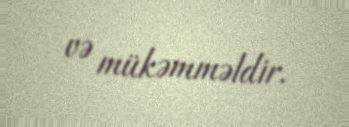
və mükəmməldir.